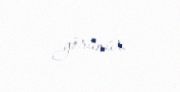
görünür.